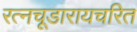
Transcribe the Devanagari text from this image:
रत्नचूडारायचरित